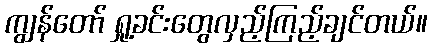
ကျွန်တော် ရှု့ခင်းတွေလှည့်ကြည့်ချင်တယ်။